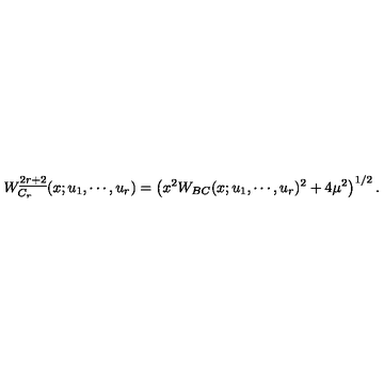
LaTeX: W _ { C _ { r } } ^ { \underline { { 2 r + 2 } } } ( x ; u _ { 1 } , \cdots , u _ { r } ) = \left( x ^ { 2 } W _ { B C } ( x ; u _ { 1 } , \cdots , u _ { r } ) ^ { 2 } + 4 \mu ^ { 2 } \right) ^ { 1 / 2 } .